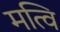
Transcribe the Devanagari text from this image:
मत्वि